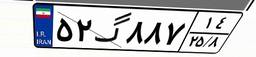
۳۴گ۱۰۱۲۶